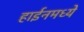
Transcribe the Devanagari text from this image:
हाईनमध्ये